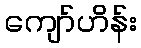
ကျော်ဟိန်း